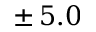
\pm \, 5 . 0